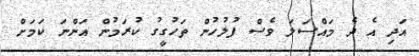
އަދި އެ ދެ މައްސަލަ ވެސް ފުލުހުން ތަހުގީގު ކުރަމުން އަންނަ ކަމަށް